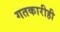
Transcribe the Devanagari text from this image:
गतकारीही